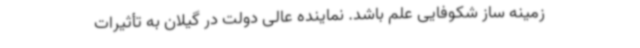
زمینه ساز شکوفایی علم باشد. نماینده عالی دولت در گیلان به تأثیرات